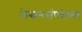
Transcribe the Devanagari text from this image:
लेखनसंपदेच्या